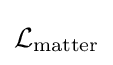
{\textstyle {\mathcal {L}}_{\mathrm {matter} }}